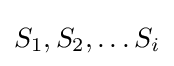
S_{1},S_{2},\dots S_{i}